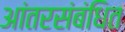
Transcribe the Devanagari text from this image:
आंतरसंबंधित